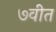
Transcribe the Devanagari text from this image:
७वीत